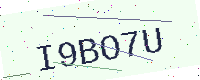
Text: I9BO7U